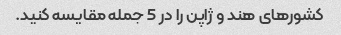
کشورهای هند و ژاپن را در 5 جمله مقایسه کنید.